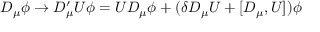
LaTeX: D _ { \mu } \phi \rightarrow D _ { \mu } ^ { \prime } U \phi = U D _ { \mu } \phi + ( \delta D _ { \mu } U + [ D _ { \mu } , U ] ) \phi